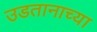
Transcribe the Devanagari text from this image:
उडतानाच्या